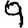
Digit: 9